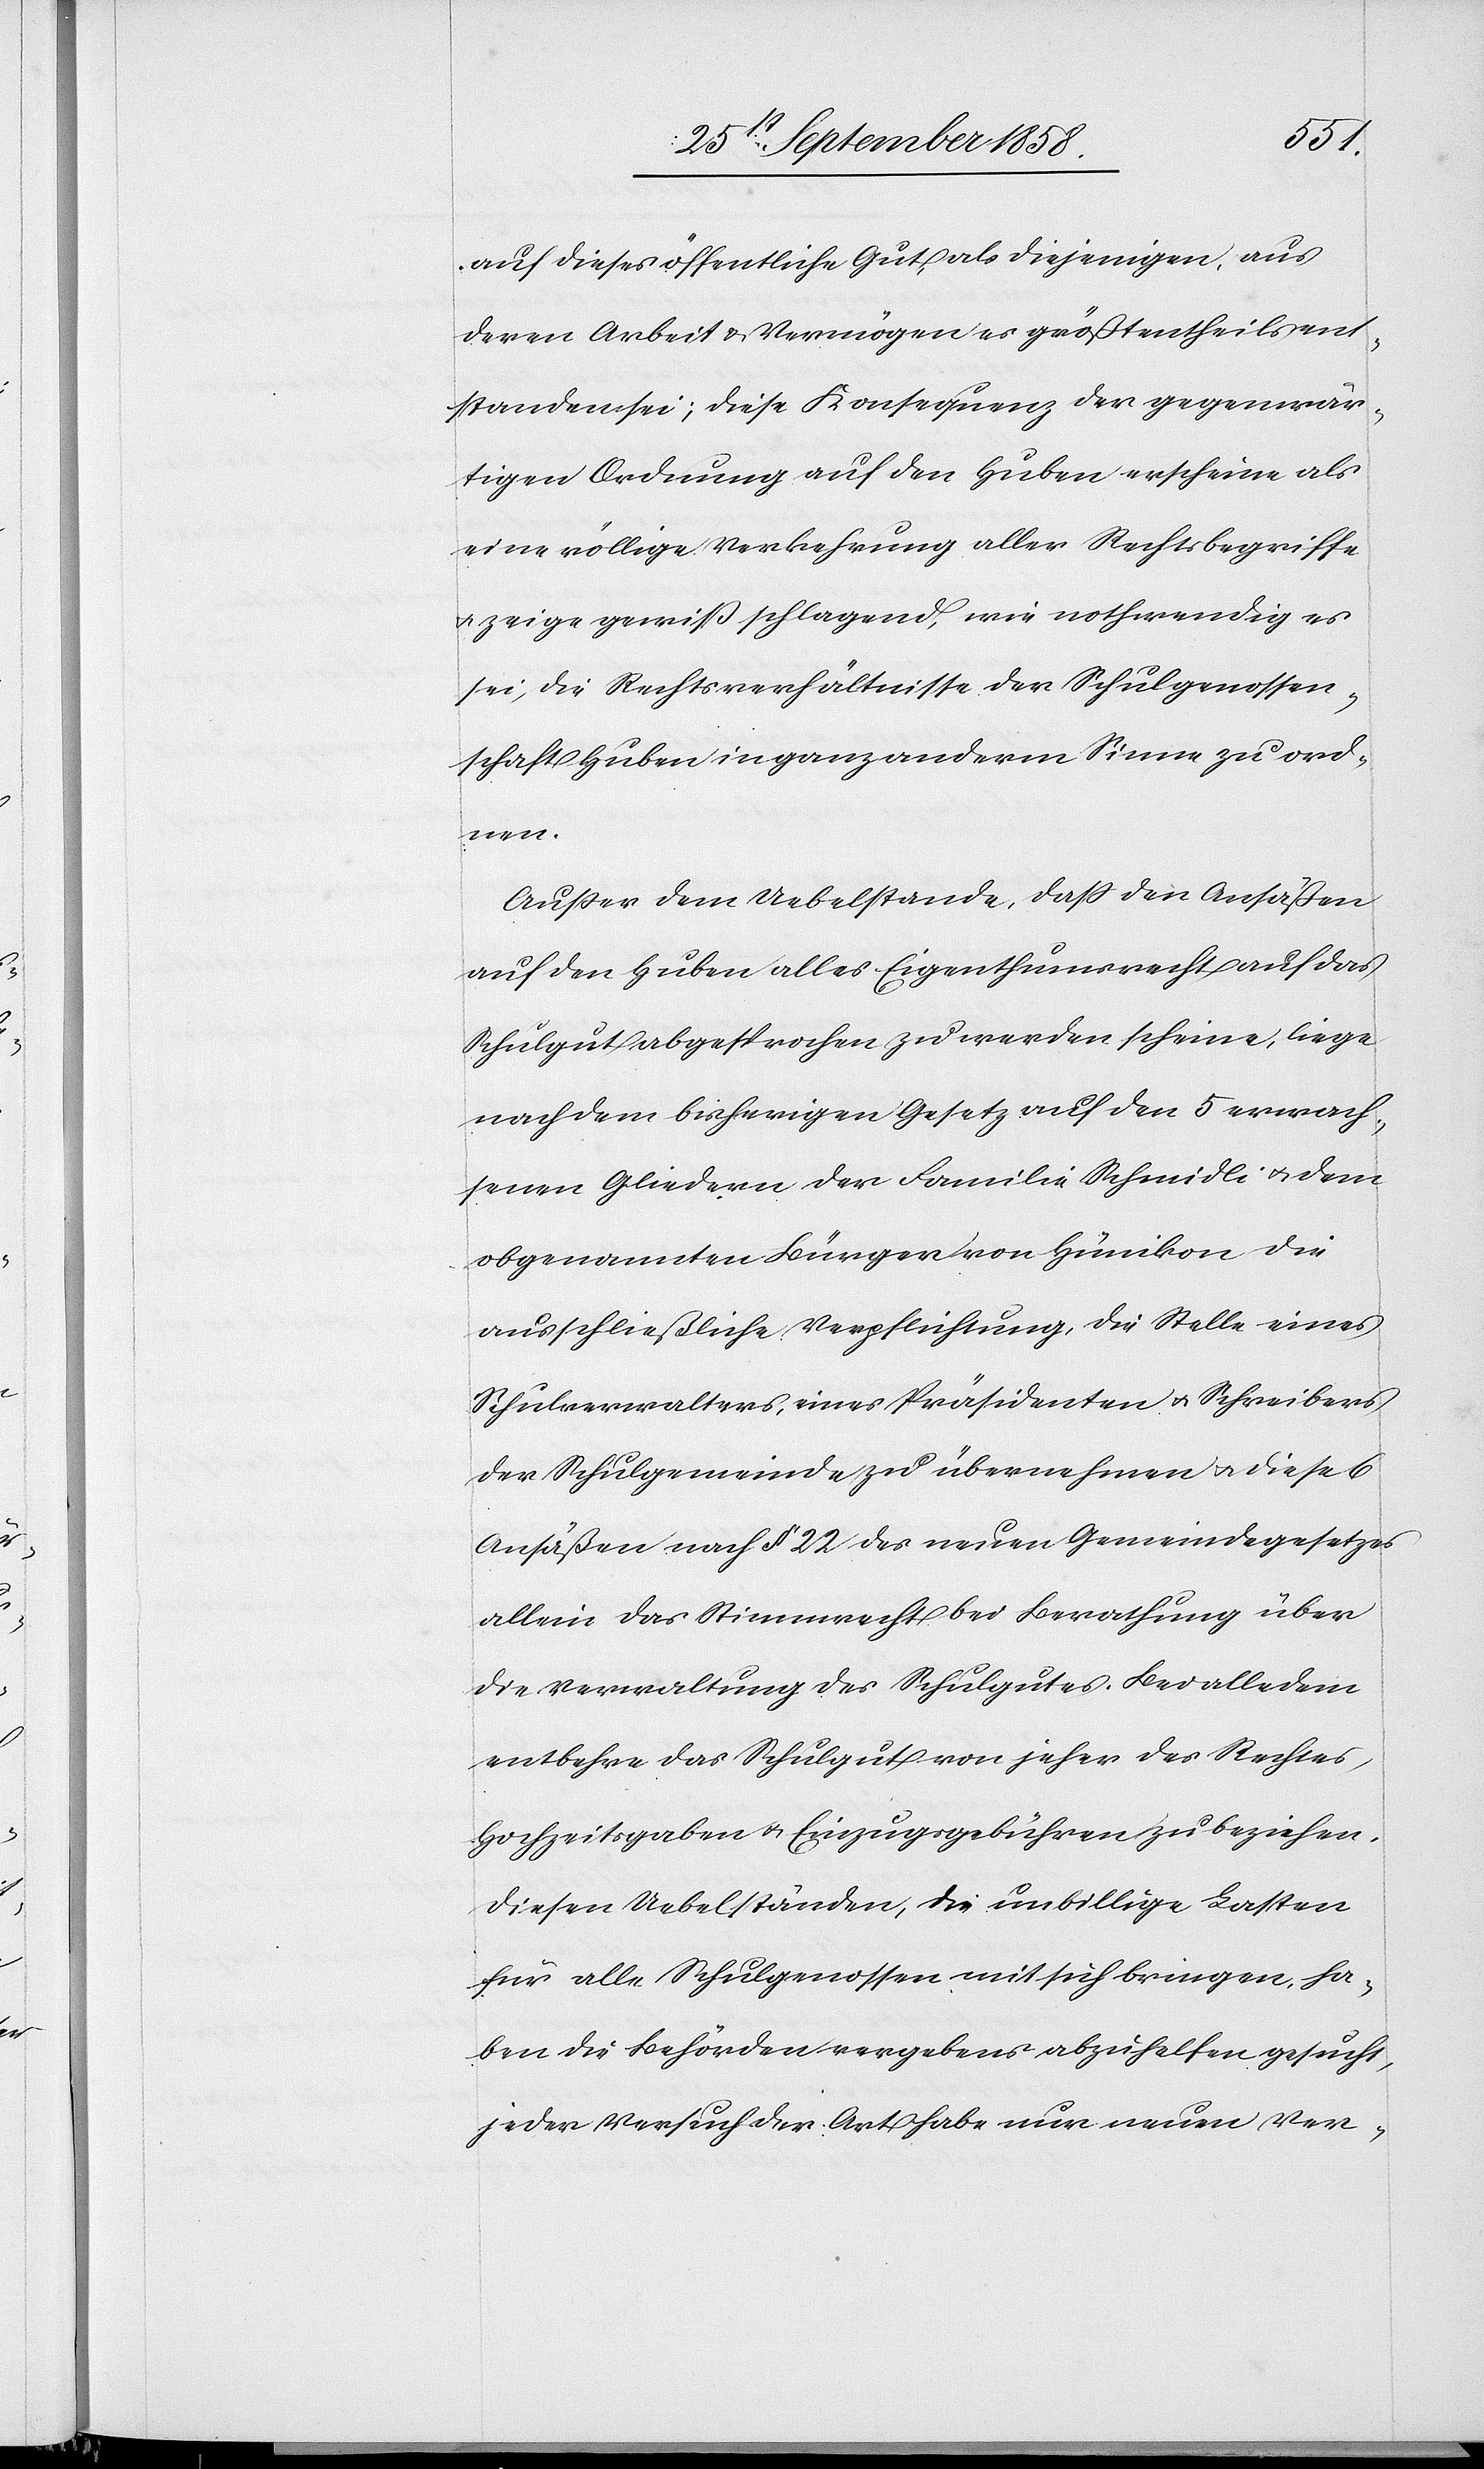
auf dieses öffentliche Gut, als diejenigen, aus
deren Arbeit & Vermögen es größtentheils ent¬
standen sei; diese Konsequenz der gegenwär¬
tigen Ordnung auf den Huben erscheine als
eine völlige Verkehrung aller Rechtsbegriffe
& zeige gewiß schlagend, wie nothwendig es
sei, die Rechtsverhältnisse der Schulgenossen¬
schaft Huben in ganz anderm Sinne zu ord¬
nen.
Außer dem Uebelstande, dass den Ansäßen
auf den Huben alles Eigenthumsrecht auf das
Schulgut abgesprochen zu werden scheine, liege
nach dem bisherigen Gesetz auf den 5 erwach¬
senen Gliedern der Familie Schmidli & dem
obgenannten Bürger von Hünikon die
ausschließliche Verpflichtung, die Stelle eines
Schulverwalters, eines Präsidenten & Schreibers
der Schulgemeinde zu übernehmen & diese 6
Ansäßen nach § 22 des neuen Gemeindegesetzes
allein das Stimmrecht bei Berathung über
die Verwaltung des Schulgutes. [sic!] Bei alledem
entbehre das Schulgut von jeher des Rechtes,
Hochzeitsgaben & Einzugsgebühren zu beziehen.
Diesen Uebelständen, die unbillige Lasten
für alle Schulgenossen mit sich bringen, ha¬
ben die Behörden vergebens abzuhelfen gesucht,
jeder Versuch der Art habe nur neuen Ver-